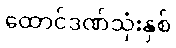
ထောင်ဒဏ်သုံးနှစ်